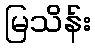
မြသိန်း